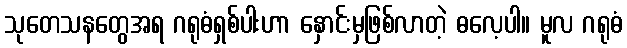
သုတေသနတွေအရ ဂရုဓံရှစ်ပါးဟာ နှောင်းမှဖြစ်လာတဲ့ ဓလေ့ပါ။ မူလ ဂရုဓံ